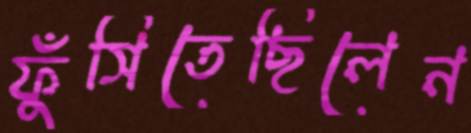
ফুঁসিতেছিলেন